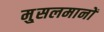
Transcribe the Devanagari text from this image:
मु्सलमानों